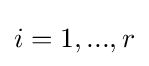
i=1,...,r